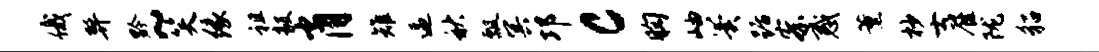
俄弊黔~笑缘祖毅肖雉逼秋瓢冥邛c胸岫翼踞察惑薰杪士雇陇貂